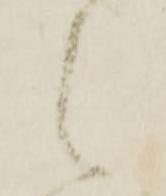
之